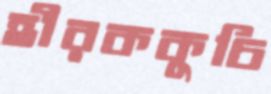
হীরককুচি